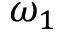
\omega _ { 1 }